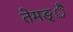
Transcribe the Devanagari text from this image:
तेमङ्ै